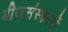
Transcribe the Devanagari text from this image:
बीजसंस्कारों